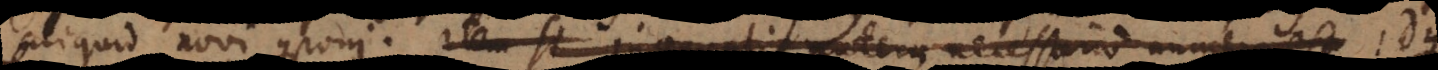
aliquid novi componi. Item si inaequalis autem necessario numerus est Idque